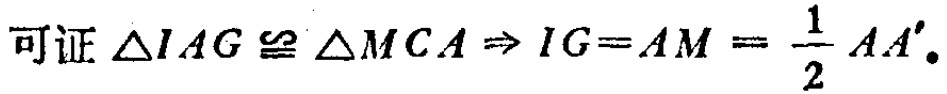
可证 $\triangle IAG\cong\triangle MCA\Rightarrow IG = AM=\frac{1}{2}AA'.$